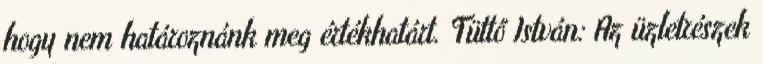
hogy nem határoznánk meg értékhatárt. Tüttő István: Az üzletrészek